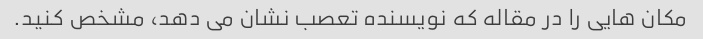
مکان هایی را در مقاله که نویسنده تعصب نشان می دهد، مشخص کنید.